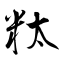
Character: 粏